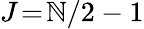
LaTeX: J\! =\! \mathbb{N}/2-1